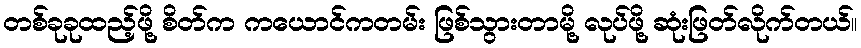
တစ်ခုခုထည့်ဖို့ စိတ်က ကယောင်ကတမ်း ဖြစ်သွားတာမို့ လုပ်ဖို့ ဆုံးဖြတ်လိုက်တယ်။